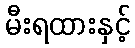
မီးရထားနှင့်